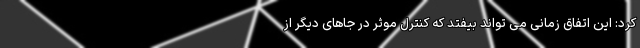
کرد: این اتفاق زمانی می تواند بیفتد که کنترل موثر در جاهای دیگر از